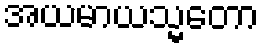
အယမာယသ္မတော